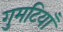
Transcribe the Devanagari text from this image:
गुमटियाँ